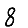
Digit: 8